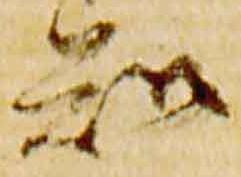
知